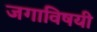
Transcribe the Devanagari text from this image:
जगाविषयी